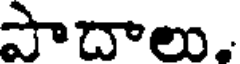
పాదాలు.